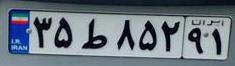
۳۵ط۸۵۲۹۱